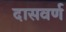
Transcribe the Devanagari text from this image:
दासवर्ण